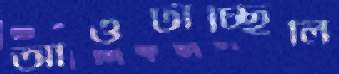
আওটাচ্ছিলি